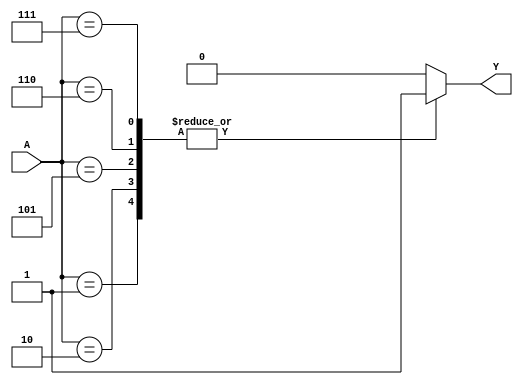
module PrimeImplicant (
    input wire [3:0] A, // 4-bit input representing the variables (A[3:0])
    output reg Y        // Output representing the minimized logic function
);

// Define the truth table for the specific Boolean function
// For example, let's assume a function F(A[3:0]) = (1, 2, 5, 6, 7)
always @(*) begin
    case (A)
        4'b0001: Y = 1; // minterm 1
        4'b0010: Y = 1; // minterm 2
        4'b0101: Y = 1; // minterm 5
        4'b0110: Y = 1; // minterm 6
        4'b0111: Y = 1; // minterm 7
        default: Y = 0; // all other combinations
    endcase
end

endmodule